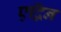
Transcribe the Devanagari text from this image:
एद्विन